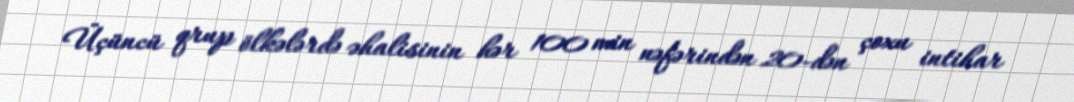
Üçüncü qrup ölkələrdə əhalisinin hər 100 min nəfərindən 20-dən çoxu intihar